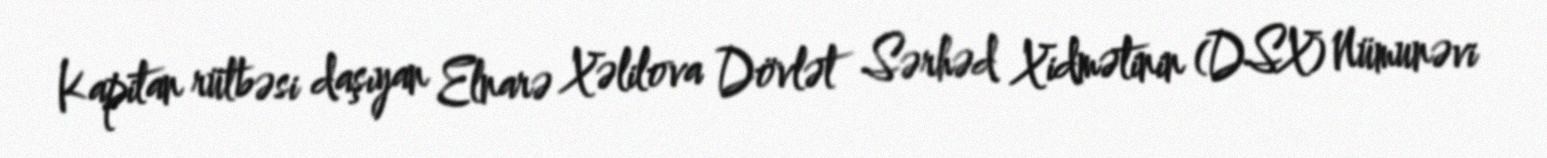
Kapitan rütbəsi daşıyan Elnarə Xəlilova Dövlət Sərhəd Xidmətinin (DSX) Nümunəvi